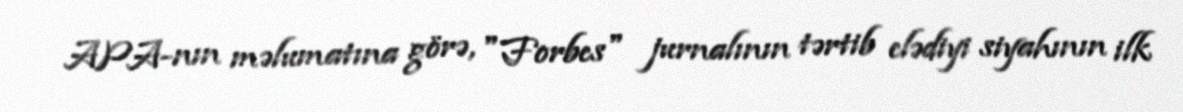
APA-nın məlumatına görə, "Forbes" jurnalının tərtib elədiyi siyahının ilk